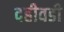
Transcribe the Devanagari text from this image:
दहीवडी